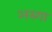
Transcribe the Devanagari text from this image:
अस्गा